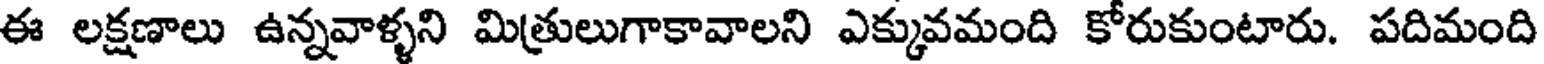
ఈ లక్షణాలు ఉన్నవాళ్ళని మిత్రులుగాకావాలని ఎక్కువమంది కోరుకుంటారు. పదిమంది